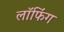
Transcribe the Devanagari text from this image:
लॉफिंग